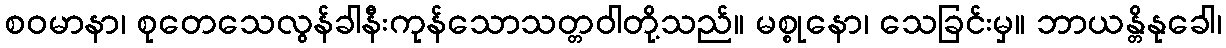
စဝမာနာ၊ စုတေသေလွန်ခါနီးကုန်သောသတ္တဝါတို့သည်။ မစ္စုနော၊ သေခြင်းမှ။ ဘာယန္တိနုခေါ၊